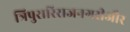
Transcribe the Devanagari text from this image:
त्रिपुरारिराजनगरीऔर